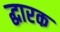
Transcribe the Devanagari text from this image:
द्धारक